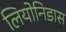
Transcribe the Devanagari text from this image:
लियोनिडास